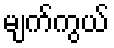
မျက်ကွယ်